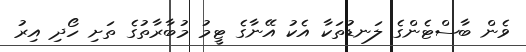
ވެން ބާސްޓެންގެ ލަނޑުތަކާ އެކު އޭނާގެ ޓީމު މުބާރާތުގެ ތަށި ހޯދި އިރު